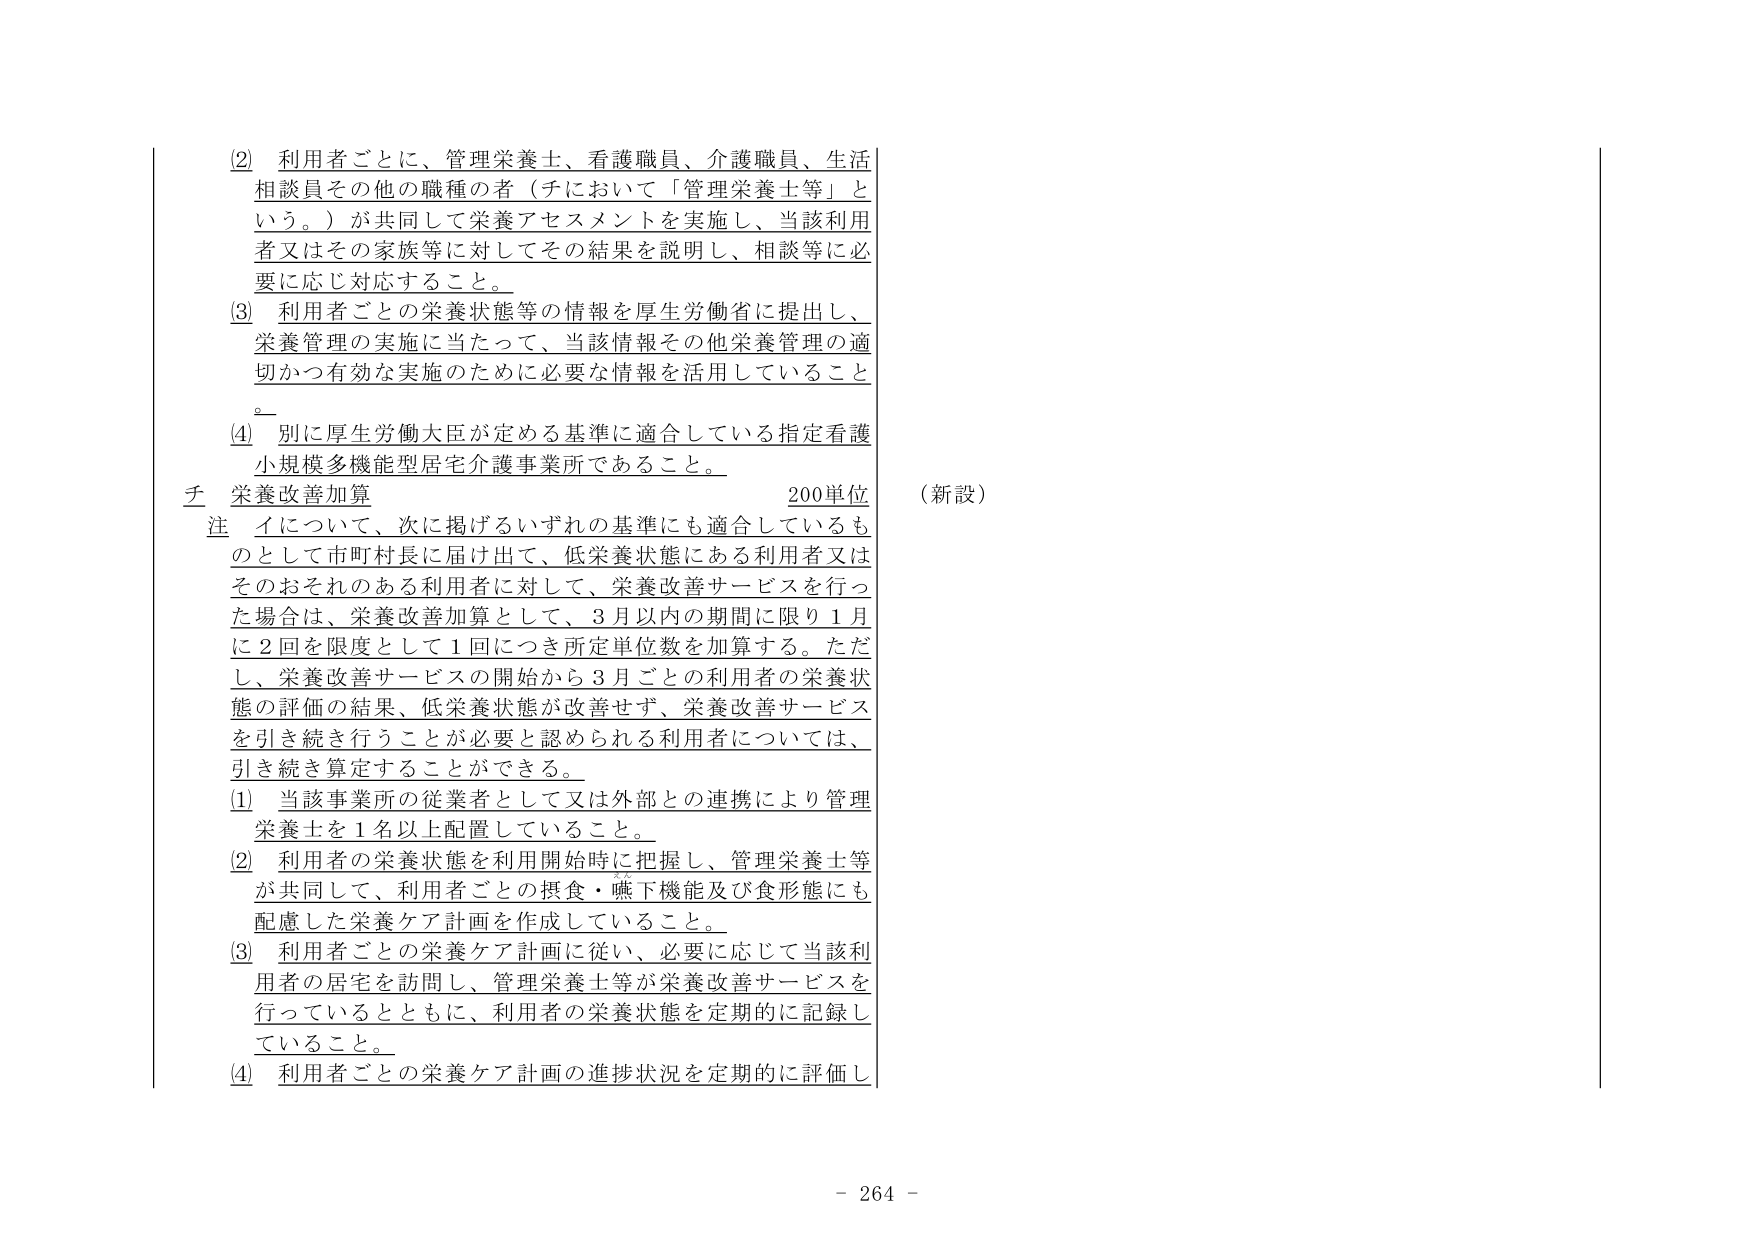
(2) 利用者ごとに、管理栄養士、看護職員、介護職員、生活相談員その他の職種の者（チにおいて「管理栄養士等」という。）が共同して栄養アセスメントを実施し、当該利用者又はその家族等に対してその結果を説明し、相談等に必要に応じ対応すること。

(3) 利用者ごとの栄養状態等の情報を厚生労働省に提出し、栄養管理の実施に当たって、当該情報その他栄養管理の適切かつ有効な実施のために必要な情報を活用していること。

(4) 別に厚生労働大臣が定める基準に適合している指定看護小規模多機能型居宅介護事業所であること。

チ 栄養改善加算 200単位 （新設）

注 イについて、次に掲げるいずれの基準にも適合しているものとして市町村長に届け出て、低栄養状態にある利用者又はそのおそれのある利用者に対して、栄養改善サービスを行った場合は、栄養改善加算として、3月以内の期間に限り1月に2回を限度として1回につき所定単位数を加算する。ただし、栄養改善サービスの開始から3月ごとの利用者の栄養状態の評価の結果、低栄養状態が改善せず、栄養改善サービスを引き続き行うことが必要と認められる利用者については、引き続き算定することができる。

(1) 当該事業所の従業者として又は外部との連携により管理栄養士を1名以上配置していること。

(2) 利用者の栄養状態を利用開始時に把握し、管理栄養士等が共同して、利用者ごとの摂食・嚥下機能及び食形態にも配慮した栄養ケア計画を作成していること。

(3) 利用者ごとの栄養ケア計画に従い、必要に応じて当該利用者の居宅を訪問し、管理栄養士等が栄養改善サービスを行っているとともに、利用者の栄養状態を定期的に記録していること。

(4) 利用者ごとの栄養ケア計画の進捗状況を定期的に評価し

- 264 -